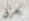
يحرق